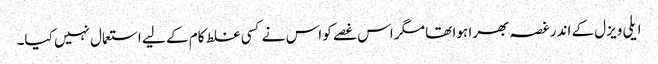
ایلی ویزل کے اندر غصہ بھرا ہوا تھا مگر اس غصے کو اس نے کسی غلط کام کے لیے استعمال نہیں کیا۔